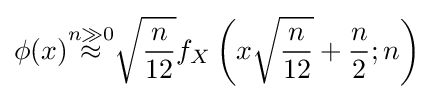
\phi (x){\overset {n\gg 0}{\approx }}{\sqrt {\frac {n}{12}}}f_{X}\left(x{\sqrt {\frac {n}{12}}}+{\frac {n}{2}};n\right)